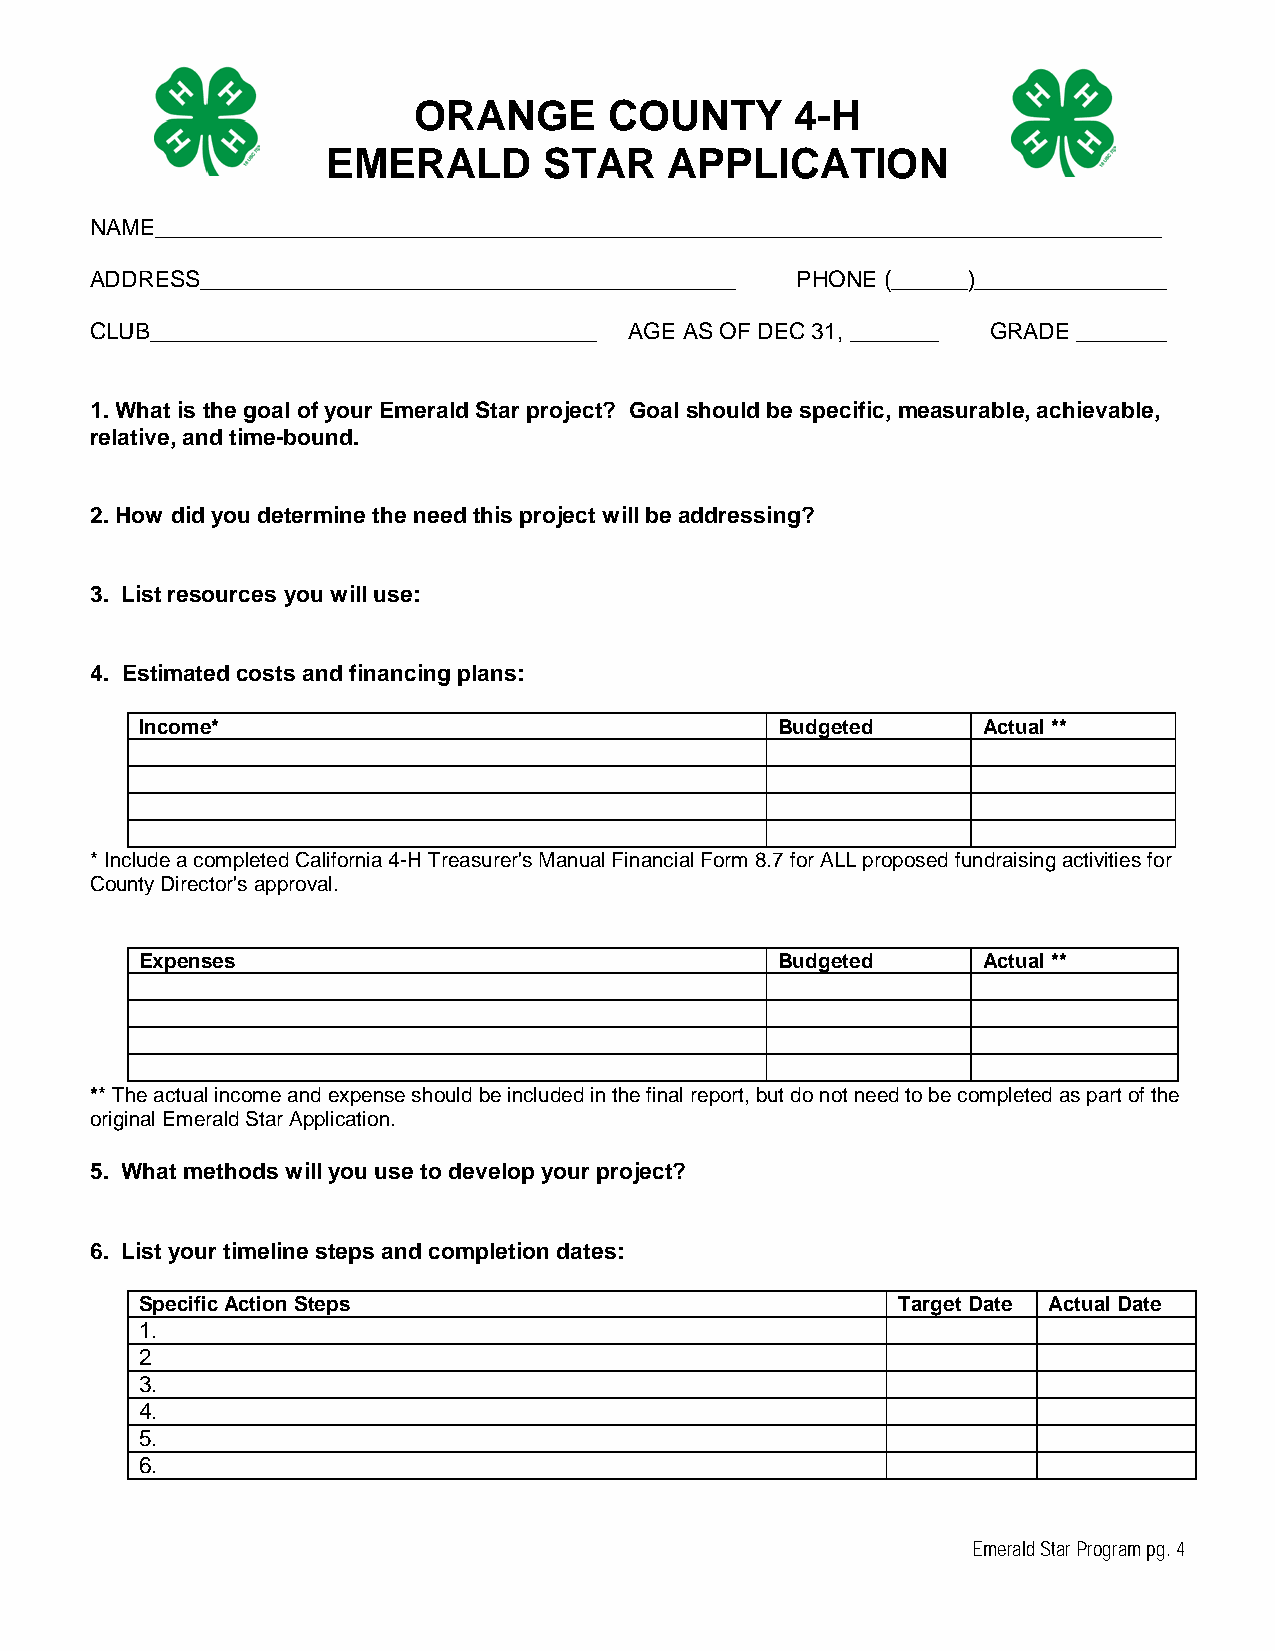
ORANGE       COUNTY       4-H
 EMERALD       STAR    APPLICATION
 NAME_______________________________________________________________________________
 ADDRESS__________________________________________ PHONE (______)_______________
 CLUB___________________________________ AGE AS OF DEC 31, _______ GRADE _______
 1. What is the goal of your Emerald Star project? Goal should be specific, measurable, achievable,
 relative, and time-bound.
 2. How did you determine the need this project will be addressing?
 3. List resources you will use:
 4. Estimated costs and financing plans:
 Income*                                    Budgeted     Actual **
 * Include a completed California 4-H Treasurer's Manual Financial Form 8.7 for ALL proposed fundraising activities for
 County Director's approval.
 Expenses                                   Budgeted     Actual **
 ** The actual income and expense should be included in the final report, but do not need to be completed as part of the
 original Emerald Star Application.
 5. What methods will you use to develop your project?
 6. List your timeline steps and completion dates:
 Specific Action Steps                             Target Date Actual Date
 1.
 2
 3.
 4.
 5.
 6.
 Emerald Star Program pg. 4